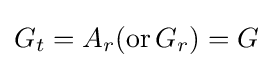
G_{t}=A_{r}(\mathrm {or} \,G_{r})=G